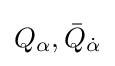
Q_{\alpha },{\bar {Q}}_{\dot {\alpha }}